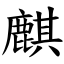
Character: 麒